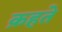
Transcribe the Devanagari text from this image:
क़हते